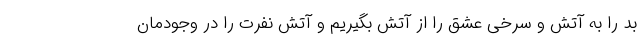
بد را به آتش و سرخی عشق را از آتش بگیریم و آتش نفرت را در وجودمان